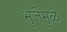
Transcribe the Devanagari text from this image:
भुजेमुळे